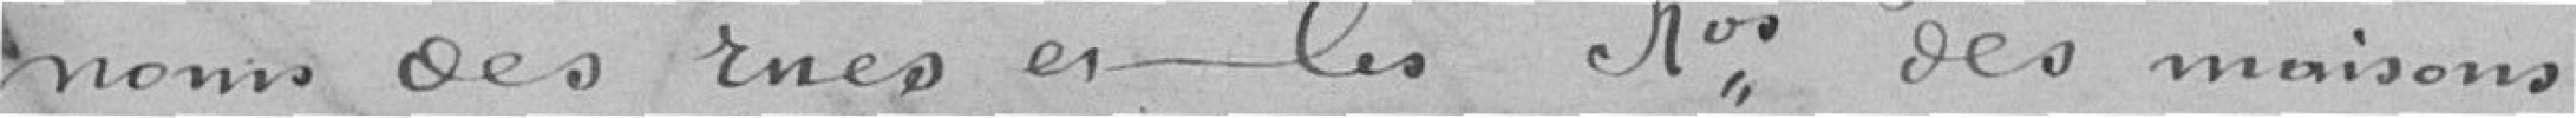
noms des rues es les de; des maisons.